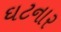
ઘટનાર